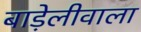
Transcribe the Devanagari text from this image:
बाड़ेलीवाला